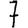
Digit: 7